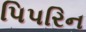
પિપરિન